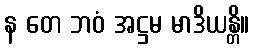
န တေ ဘဝံ အဋ္ဌမ မာဒိယန္တိ။